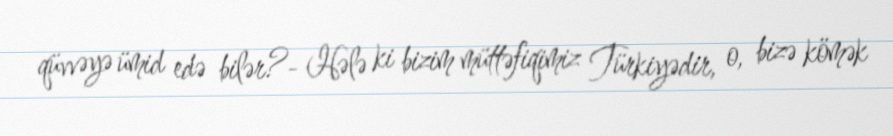
qüvvəyə ümid edə bilər?- Hələ ki bizim müttəfiqimiz Türkiyədir, o, bizə kömək